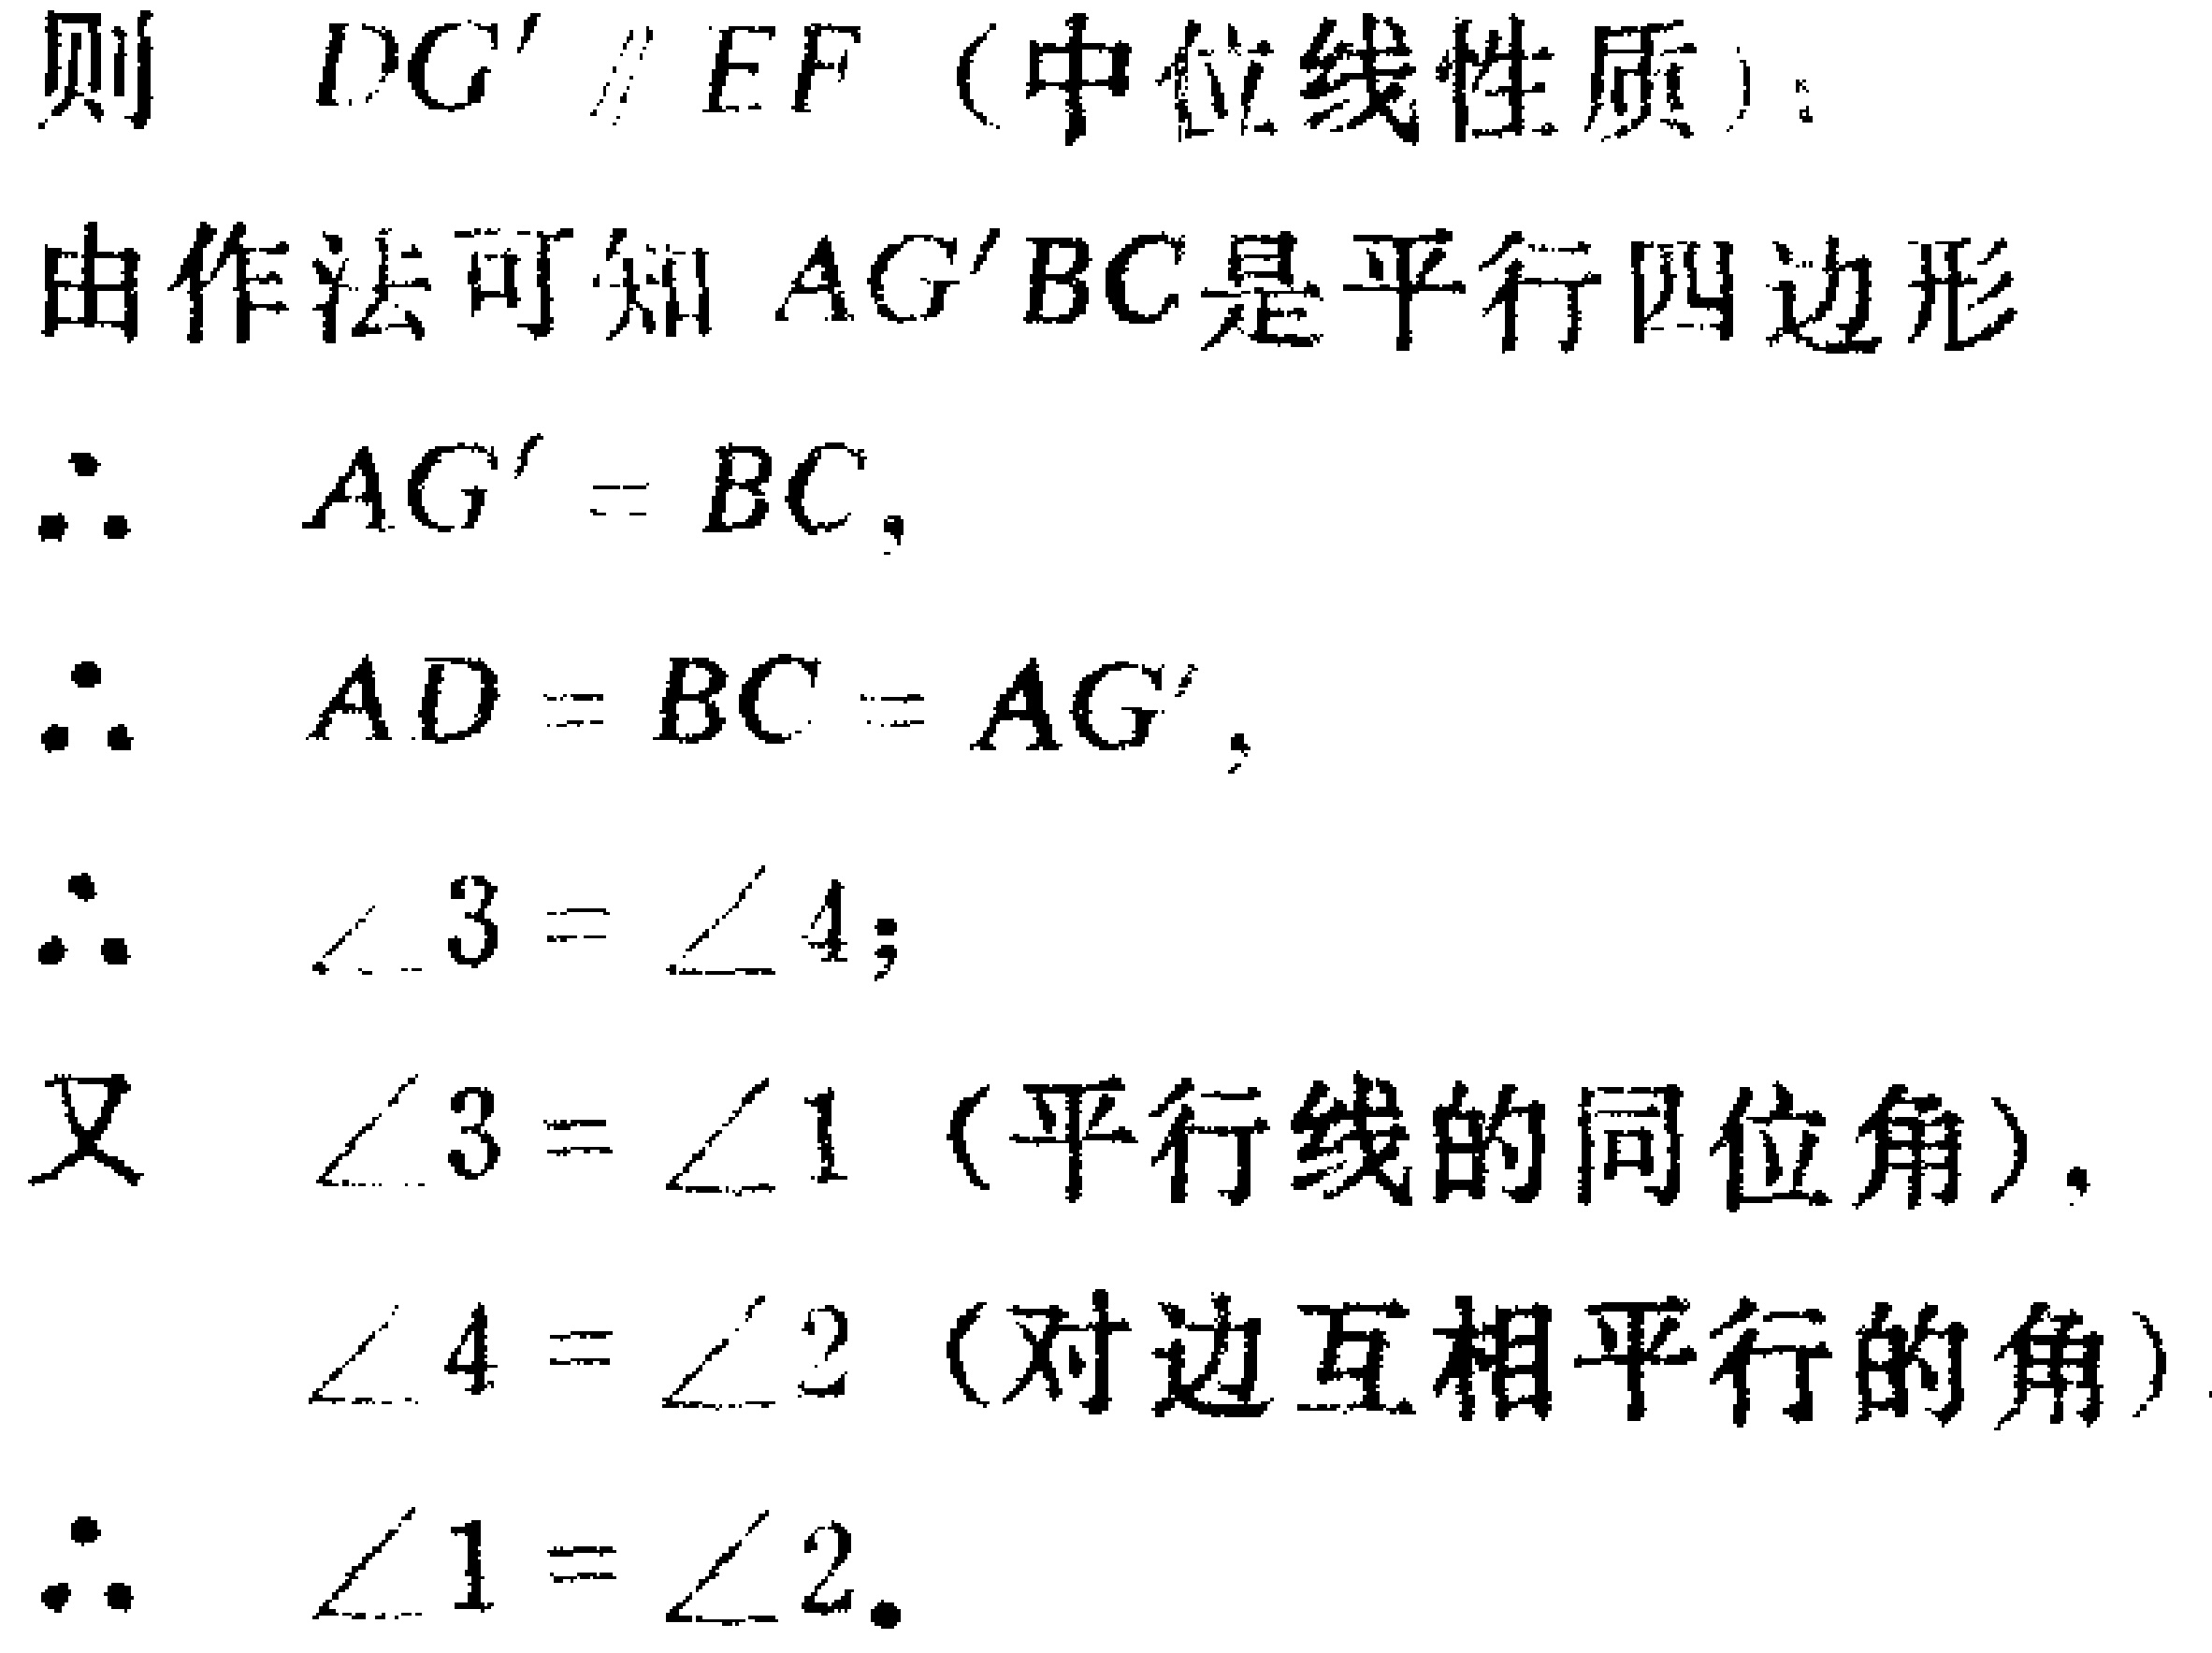
则 \(DG'\parallel EF\)（中位线性质）.
由作法可知 \(AG'BC\)是平行四边形
\(\therefore AG' = BC\),
\(\therefore AD = BC = AG'\),
\(\therefore \angle 3=\angle 4\);
又 \(\angle 3 = \angle 1\)（平行线的同位角）,
\(\angle 4=\angle 2\)（对边互相平行的角）
\(\therefore \angle 1=\angle 2\).